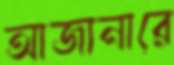
আজানারে